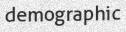
demographic